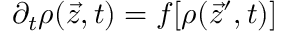
\partial _ { t } \boldsymbol { \rho } ( \vec { z } , t ) = \boldsymbol { f } [ \boldsymbol { \rho } ( \vec { z } ^ { \prime } , t ) ]